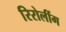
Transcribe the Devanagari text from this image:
रिरोलींग